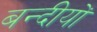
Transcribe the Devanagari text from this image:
बन्दीयों